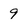
Character: 9